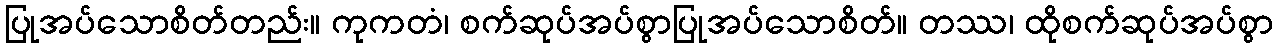
ပြုအပ်သောစိတ်တည်း။ ကုကတံ၊ စက်ဆုပ်အပ်စွာပြုအပ်သောစိတ်။ တဿ၊ ထိုစက်ဆုပ်အပ်စွာ